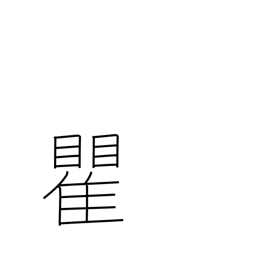
Meaning: surname